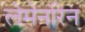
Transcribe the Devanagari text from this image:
लेमेनरिन